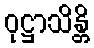
ဝုဋ္ဌာသိန္တိ